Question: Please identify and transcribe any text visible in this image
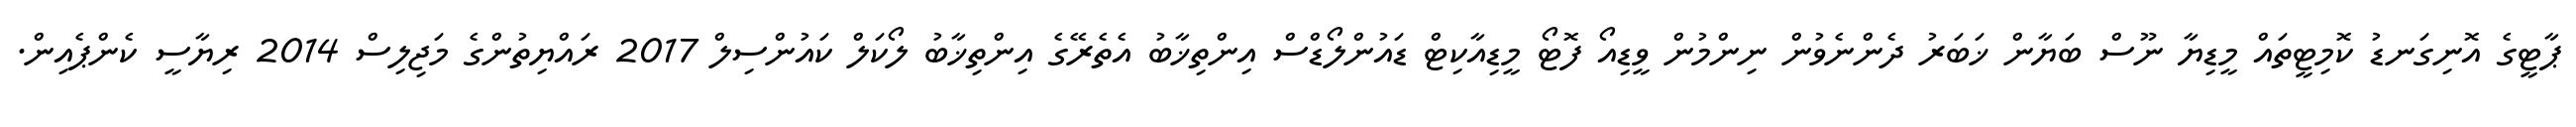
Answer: ޕާޓީގެ އޮނިގަނޑު ކޮމިޓީތައް މީޑިޔާ ނޫސް ބަޔާން ޚަބަރު ދެންނެވުން ނިންމުން ވީޑިއޯ ފޮޓޯ މީޑިއާކިޓް ޑައުންލޯޑްސް އިންތިޚާބު އެތެރޭގެ އިންތިޚާބު ލޯކަލް ކައުންސިލް 2017 ރައްޔިތުންގެ މަޖިލިސް 2014 ރިޔާސީ ކެންޕެއިން.